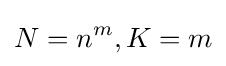
N=n^{m},K=m